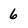
Character: 6